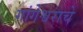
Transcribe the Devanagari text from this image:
गांगेश्वराचे